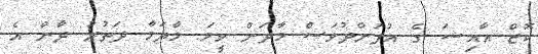
ކޮޒް އާއިޝަ ގެ އުފަންދުވަސް މާދަން ވީމަ. މާދަމާ ދަތުރު ދާން އެ